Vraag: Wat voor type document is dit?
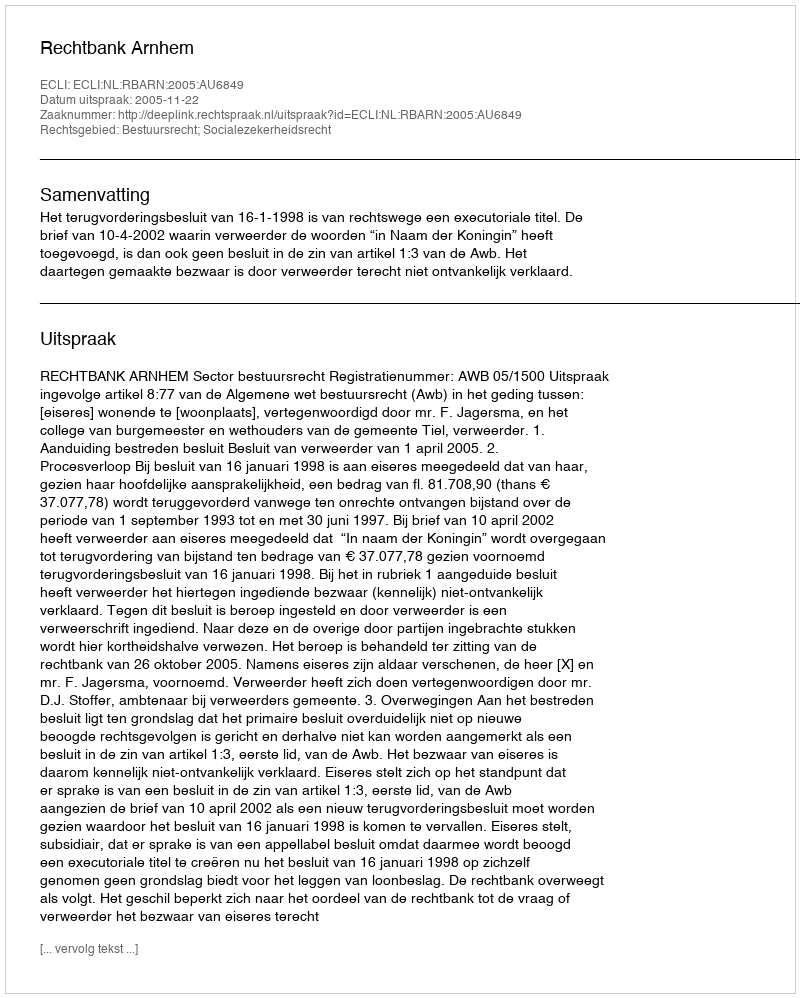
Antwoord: Uitspraak